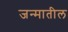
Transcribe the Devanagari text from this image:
जन्‍मातील